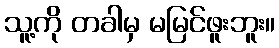
သူ့ကို တခါမှ မမြင်ဖူးဘူး။